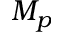
M _ { p }